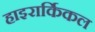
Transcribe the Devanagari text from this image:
हाइरार्किकल